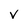
Character: v